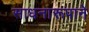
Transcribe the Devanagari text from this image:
साधनारूपाने